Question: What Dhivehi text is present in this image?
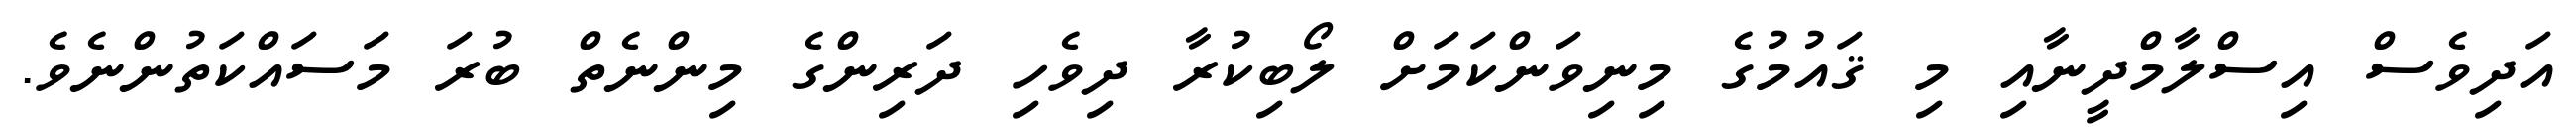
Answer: އަދިވެސް އިސްލާމްދީނާއި މި ޤައުމުގެ މިނިވަންކަމަށް ލޯބިކުރާ ދިވެހި ދަރިންގެ މިންނެތް ބުރަ މަސައްކަތުންނެވެ.